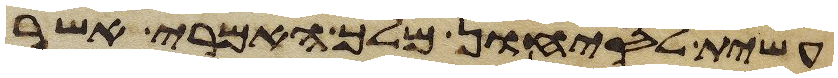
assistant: עשית לסיחון מלך האמרי אשר